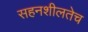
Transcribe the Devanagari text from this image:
सहनशीलतेच